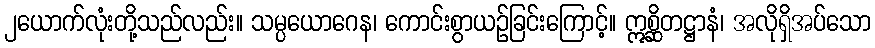
၂ယောက်လုံးတို့သည်လည်း။ သမ္ပယောဂေန၊ ကောင်းစွာယဉ်ခြင်းကြောင့်။ ဣစ္ဆိတဋ္ဌာနံ၊ အလိုရှိအပ်သော